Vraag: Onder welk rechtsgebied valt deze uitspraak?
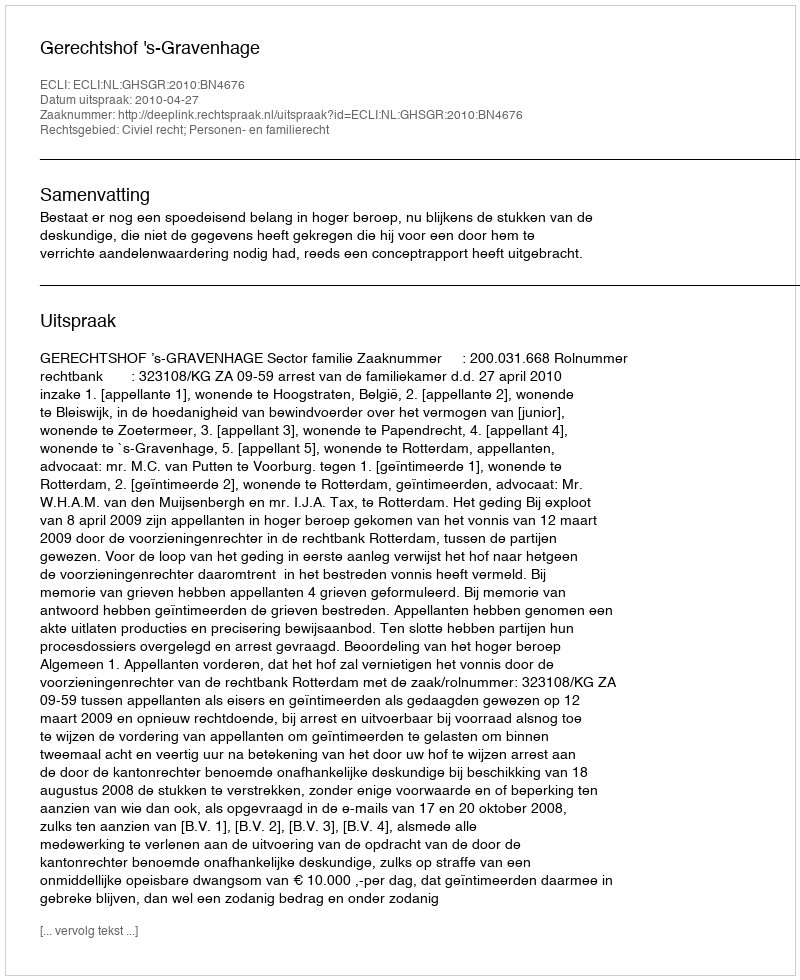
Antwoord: Civiel recht; Personen- en familierecht